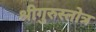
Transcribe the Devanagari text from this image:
श्रीगुरुस्तोत्र